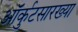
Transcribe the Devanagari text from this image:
ऑर्कुटसारख्या